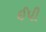
ઈપી